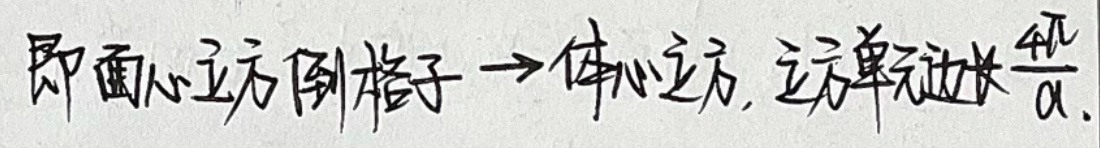
即圆心立方格子 \(\rightarrow\) 体心立方，立方单元边长 \(\frac{4 \pi}{a}\)。